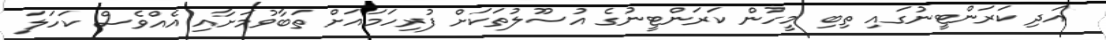
އަދި ކަރަންޓީނުގައި ތިބި މީހުން ކަރަންޓީނުގެ އުސޫލުތަކަށް ފުރިހަމައަށް ތަބާވުމަށާއި އެއްވެސް ކަހަލަ